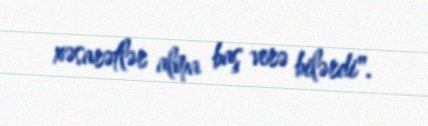
xəsarətlər alma baş verə bilərdi".